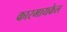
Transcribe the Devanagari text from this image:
कारमायकेल